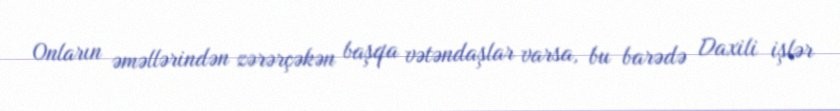
Onların əməllərindən zərərçəkən başqa vətəndaşlar varsa, bu barədə Daxili işlər